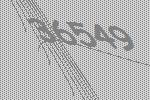
36549